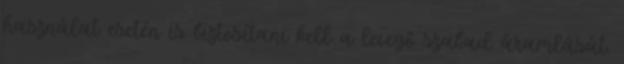
használat esetén is biztosítani kell a levegő szabad áramlását.